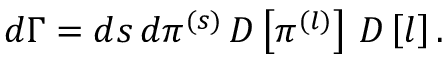
\begin{array} { r } { d \Gamma = d s \, d \pi ^ { ( s ) } \, D \left[ \pi ^ { ( l ) } \right] \, D \left[ l \right] . } \end{array}